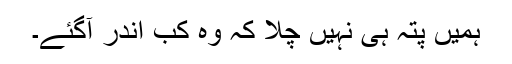
ہمیں پتہ ہی نہیں چلا کہ وہ کب اندر آگئے۔